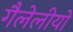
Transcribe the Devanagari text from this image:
गैलेलीयो